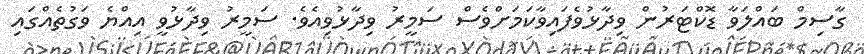
ގާސިމް ބައްލަވާ ޑޮކްޓަރުން ވިދާޅުވެފައިވާކަމަށްވެސް ސަމީރު ވިދާޅުވިއެވެ. ސަމީރު ވިދާޅުވީ އިއްޔެ ވަގުތެއްގައި